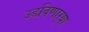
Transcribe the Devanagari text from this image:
उडविणार्‍या